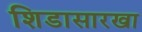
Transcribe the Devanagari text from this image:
शिडासारखा